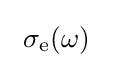
~\sigma _{\rm {e}}(\omega )~